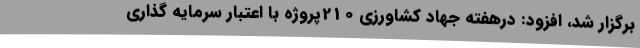
برگزار شد، افزود: درهفته جهاد کشاورزی 210پروژه با اعتبار سرمایه گذاری